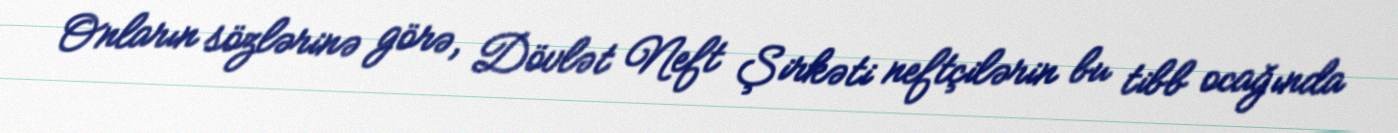
Onların sözlərinə görə, Dövlət Neft Şirkəti neftçilərin bu tibb ocağında